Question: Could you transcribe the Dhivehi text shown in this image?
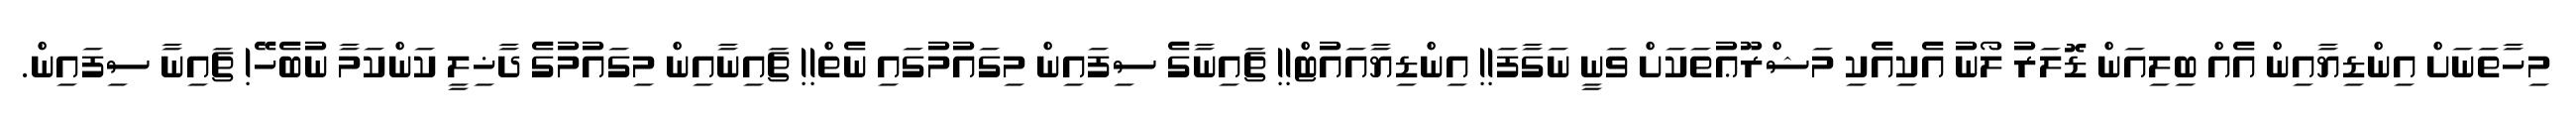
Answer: މިހާތަނަށް އިންޑިޔާއިން އެއް ބިލިއަން ޑޮލަރު ލޯނު އެކިއެކި މަޝްރޫޢުތަކަށް ވަނީ ނަގާފަ!! އިންޑިޔާއައުޓް!! ޗައިނާގެ ސިފައިން މިގައުމުގައި ނެތް!! ޗައިނާއިން މިގައުމުގެ ދާޚިލީ ކަންކަމާ ނުބެހޭ! ޗައިނާ ސިފައިން.